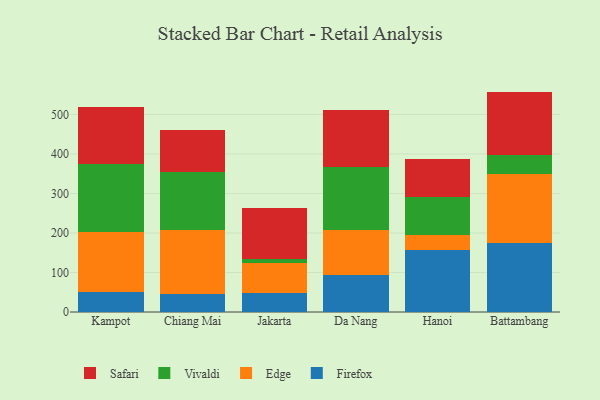
{"axis": {"x": "City", "y": "Website Visitors"}, "legend": ["Edge", "Firefox", "Safari", "Vivaldi"], "data": [{"x": "Kampot", "y": 51.8, "type": "Firefox"}, {"x": "Kampot", "y": 151.6, "type": "Edge"}, {"x": "Kampot", "y": 171.4, "type": "Vivaldi"}, {"x": "Kampot", "y": 144.3, "type": "Safari"}, {"x": "Chiang Mai", "y": 46.0, "type": "Firefox"}, {"x": "Chiang Mai", "y": 160.8, "type": "Edge"}, {"x": "Chiang Mai", "y": 147.7, "type": "Vivaldi"}, {"x": "Chiang Mai", "y": 105.3, "type": "Safari"}, {"x": "Jakarta", "y": 47.4, "type": "Firefox"}, {"x": "Jakarta", "y": 77.4, "type": "Edge"}, {"x": "Jakarta", "y": 8.9, "type": "Vivaldi"}, {"x": "Jakarta", "y": 130.4, "type": "Safari"}, {"x": "Da Nang", "y": 94.0, "type": "Firefox"}, {"x": "Da Nang", "y": 112.9, "type": "Edge"}, {"x": "Da Nang", "y": 160.9, "type": "Vivaldi"}, {"x": "Da Nang", "y": 143.1, "type": "Safari"}, {"x": "Hanoi", "y": 156.3, "type": "Firefox"}, {"x": "Hanoi", "y": 39.3, "type": "Edge"}, {"x": "Hanoi", "y": 95.4, "type": "Vivaldi"}, {"x": "Hanoi", "y": 96.2, "type": "Safari"}, {"x": "Battambang", "y": 174.3, "type": "Firefox"}, {"x": "Battambang", "y": 173.8, "type": "Edge"}, {"x": "Battambang", "y": 49.5, "type": "Vivaldi"}, {"x": "Battambang", "y": 160.3, "type": "Safari"}]}